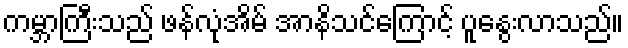
ကမ္ဘာကြီးသည် ဖန်လုံအိမ် အာနိသင်ကြောင့် ပူနွေးလာသည်။